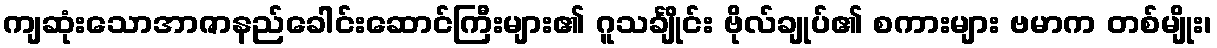
ကျဆုံးသောအာဇာနည်ခေါင်းဆောင်ကြီးများ၏ ဂူသင်္ချိုင်း ဗိုလ်ချုပ်၏ စကားများ ဗမာက တစ်မျိုး၊